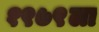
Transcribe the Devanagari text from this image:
१९७९ला